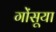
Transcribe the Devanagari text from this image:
गोंसूया